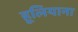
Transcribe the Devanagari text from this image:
हूलियाना